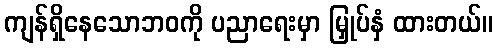
ကျန်ရှိနေသောဘဝကို ပညာရေးမှာ မြှုပ်နှံ ထားတယ်။